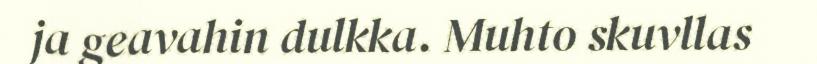
ja geavahin dulkka. Muhto skuvllas